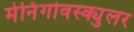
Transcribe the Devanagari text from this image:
मेनिंगोवस्क्युलर